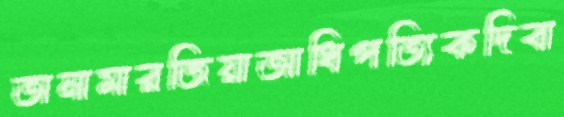
অনামারজিয়াআধিপত্যিকদিবা